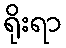
ရိုးရာ